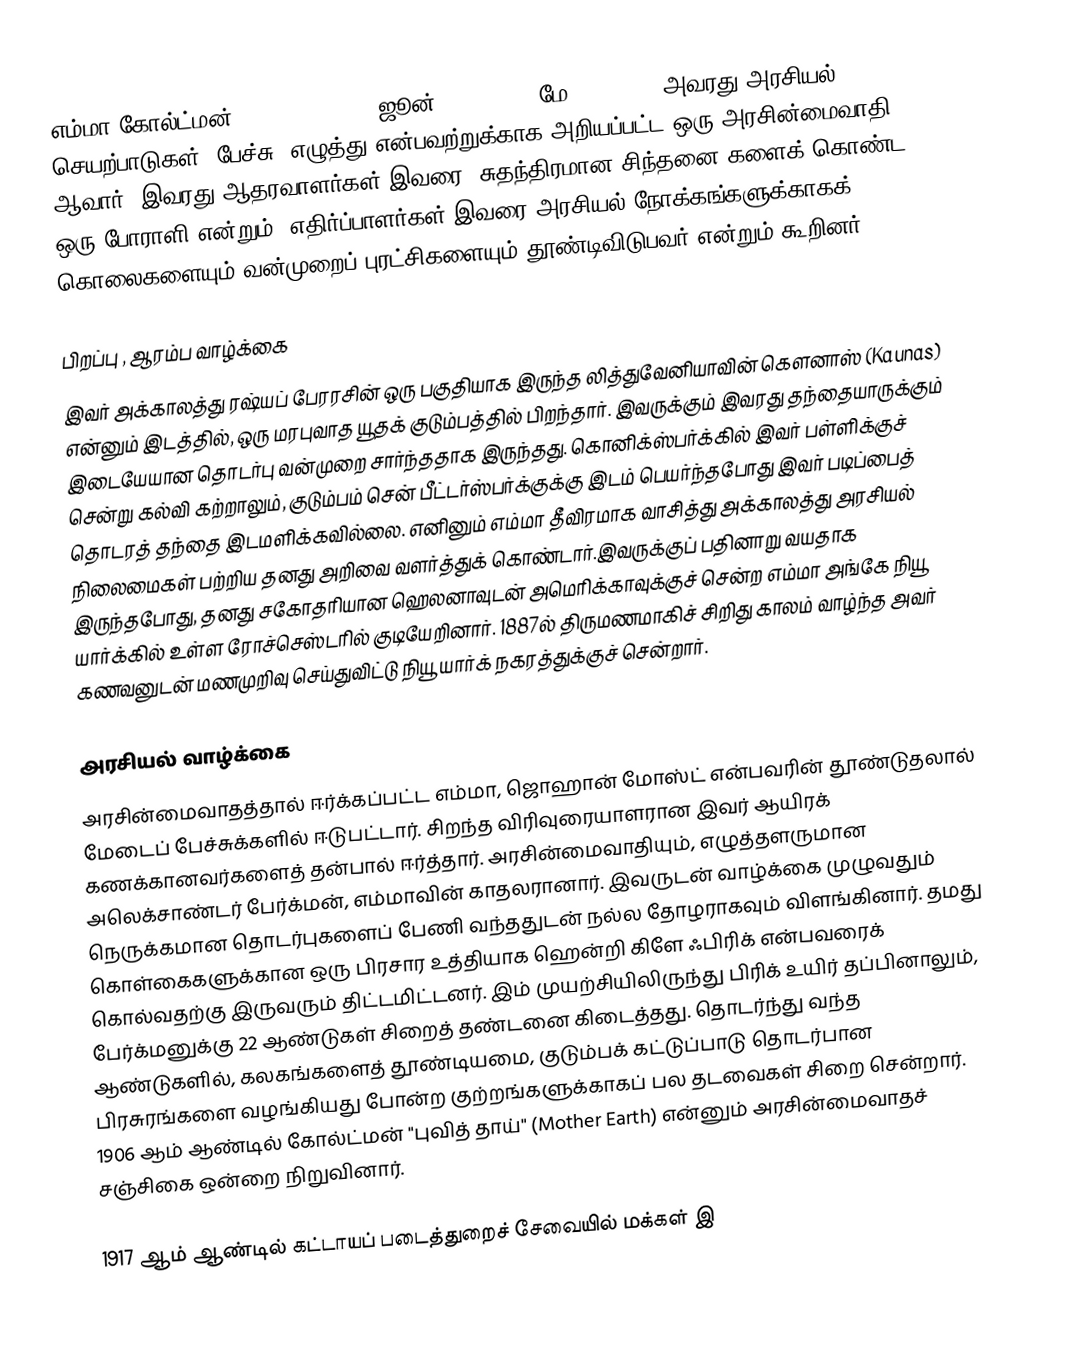
எம்மா கோல்ட்மன் (Emma Goldman - ஜூன் 27, 1869 – மே 14, 1940) அவரது அரசியல் செயற்பாடுகள், பேச்சு, எழுத்து என்பவற்றுக்காக அறியப்பட்ட ஒரு அரசின்மைவாதி ஆவார். இவரது ஆதரவாளர்கள் இவரை "சுதந்திரமான சிந்தனை"களைக் கொண்ட ஒரு போராளி என்றும், எதிர்ப்பாளர்கள் இவரை அரசியல் நோக்கங்களுக்காகக் கொலைகளையும் வன்முறைப் புரட்சிகளையும் தூண்டிவிடுபவர் என்றும் கூறினர்.

பிறப்பு , ஆரம்ப வாழ்க்கை
இவர் அக்காலத்து ரஷ்யப் பேரரசின் ஒரு பகுதியாக இருந்த லித்துவேனியாவின் கௌனாஸ் (Kaunas) என்னும் இடத்தில், ஒரு மரபுவாத யூதக் குடும்பத்தில் பிறந்தார். இவருக்கும் இவரது தந்தையாருக்கும் இடையேயான தொடர்பு வன்முறை சார்ந்ததாக இருந்தது. கொனிக்ஸ்பர்க்கில் இவர் பள்ளிக்குச் சென்று கல்வி கற்றாலும், குடும்பம் சென் பீட்டர்ஸ்பர்க்குக்கு இடம் பெயர்ந்தபோது இவர் படிப்பைத் தொடரத் தந்தை இடமளிக்கவில்லை. எனினும் எம்மா தீவிரமாக வாசித்து அக்காலத்து அரசியல் நிலைமைகள் பற்றிய தனது அறிவை வளர்த்துக் கொண்டார்.இவருக்குப் பதினாறு வயதாக இருந்தபோது, தனது சகோதரியான ஹெலனாவுடன் அமெரிக்காவுக்குச் சென்ற எம்மா அங்கே நியூ யார்க்கில் உள்ள ரோச்செஸ்டரில் குடியேறினார். 1887ல் திருமணமாகிச் சிறிது காலம் வாழ்ந்த அவர் கணவனுடன் மணமுறிவு செய்துவிட்டு நியூ யார்க் நகரத்துக்குச் சென்றார்.

அரசியல் வாழ்க்கை
அரசின்மைவாதத்தால் ஈர்க்கப்பட்ட எம்மா, ஜொஹான் மோஸ்ட் என்பவரின் தூண்டுதலால் மேடைப் பேச்சுக்களில் ஈடுபட்டார். சிறந்த விரிவுரையாளரான இவர் ஆயிரக் கணக்கானவர்களைத் தன்பால் ஈர்த்தார். அரசின்மைவாதியும், எழுத்தளருமான அலெக்சாண்டர் பேர்க்மன், எம்மாவின் காதலரானார். இவருடன் வாழ்க்கை முழுவதும் நெருக்கமான தொடர்புகளைப் பேணி வந்ததுடன் நல்ல தோழராகவும் விளங்கினார். தமது கொள்கைகளுக்கான ஒரு பிரசார உத்தியாக ஹென்றி கிளே ஃபிரிக் என்பவரைக் கொல்வதற்கு இருவரும் திட்டமிட்டனர். இம் முயற்சியிலிருந்து பிரிக் உயிர் தப்பினாலும், பேர்க்மனுக்கு 22 ஆண்டுகள் சிறைத் தண்டனை கிடைத்தது. தொடர்ந்து வந்த ஆண்டுகளில், கலகங்களைத் தூண்டியமை, குடும்பக் கட்டுப்பாடு தொடர்பான பிரசுரங்களை வழங்கியது போன்ற குற்றங்களுக்காகப் பல தடவைகள் சிறை சென்றார். 1906 ஆம் ஆண்டில் கோல்ட்மன் "புவித் தாய்" (Mother Earth) என்னும் அரசின்மைவாதச் சஞ்சிகை ஒன்றை நிறுவினார்.

1917 ஆம் ஆண்டில் கட்டாயப் படைத்துறைச் சேவையில் மக்கள் இ